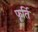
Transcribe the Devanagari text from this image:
फूर्ति